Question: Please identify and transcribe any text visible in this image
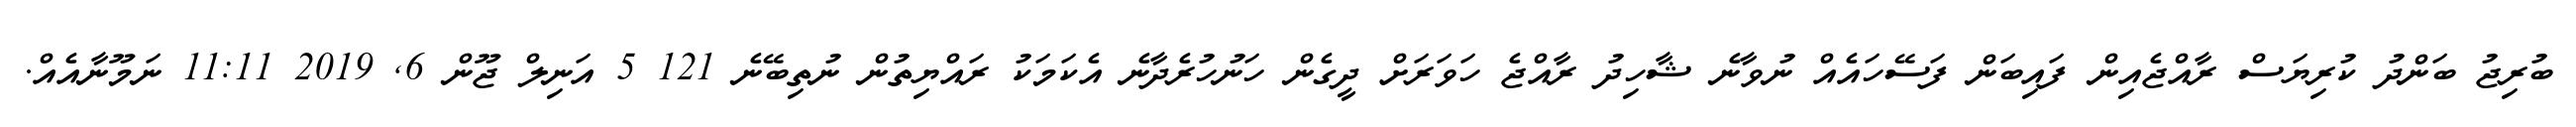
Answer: ބުރިޖު ބަންދު ކުރިޔަސް ރާއްޖެއިން ފައިބަން ފަސޭހައެއް ނުވާނެ ޝާހިދު ރާއްޖެ ހަވަރަށް ދީގެން ހަނުހުރެދާނެ އެކަމަކު ރައްޔިތުން ނުތިބޭނެ 121 5 އަނިލް ޖޫން 6, 2019 11:11 ނަމޫނާއެއް.